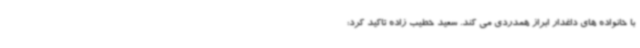
با خانواده های داغدار ابراز همدردی می کند. سعید خطیب زاده تاکید کرد: